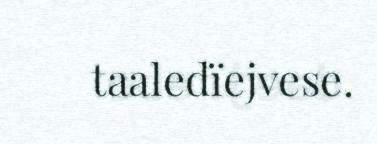
taaledïejvese.